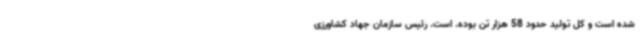
شده است و کل تولید حدود 58 هزار تن بوده. است. رئیس سازمان جهاد کشاورزی